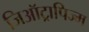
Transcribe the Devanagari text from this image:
जिऑट्रापिज्म